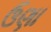
ઉણા